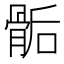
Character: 骺